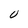
Character: 0